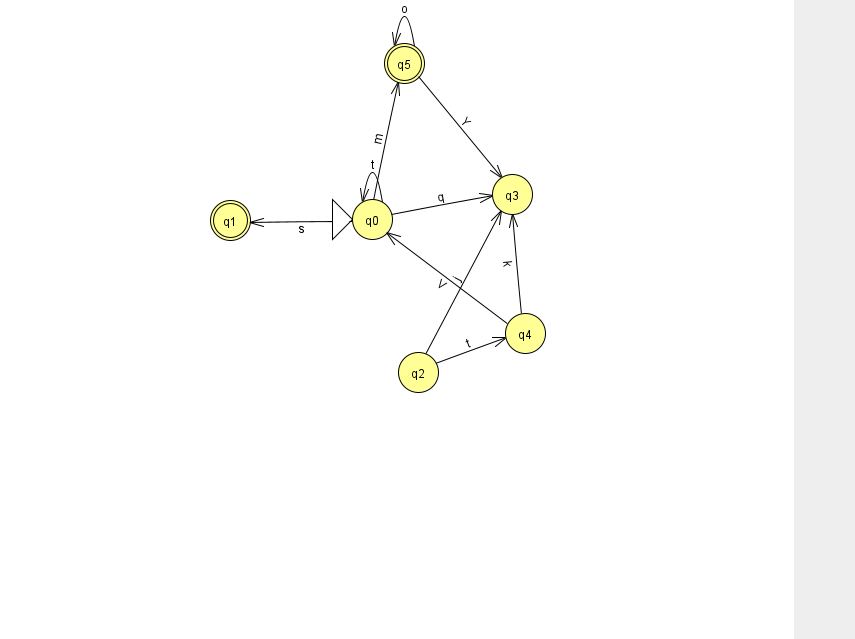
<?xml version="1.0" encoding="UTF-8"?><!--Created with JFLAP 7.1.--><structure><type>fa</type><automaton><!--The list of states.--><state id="0" name="q0"><x>372.0</x><y>206.0</y><initial/></state><state id="1" name="q1"><x>230.0</x><y>207.0</y><final/></state><state id="2" name="q2"><x>418.0</x><y>359.0</y></state><state id="3" name="q3"><x>512.0</x><y>181.0</y></state><state id="4" name="q4"><x>525.0</x><y>320.0</y></state><state id="5" name="q5"><x>404.0</x><y>50.0</y><final/></state><!--The list of transitions.--><transition><from>5</from><to>3</to><read>Y</read></transition><transition><from>0</from><to>1</to><read>s</read></transition><transition><from>0</from><to>5</to><read>m</read></transition><transition><from>4</from><to>3</to><read>k</read></transition><transition><from>0</from><to>0</to><read>t</read></transition><transition><from>0</from><to>3</to><read>q</read></transition><transition><from>4</from><to>0</to><read>V</read></transition><transition><from>2</from><to>4</to><read>t</read></transition><transition><from>2</from><to>3</to><read>j</read></transition><transition><from>5</from><to>5</to><read>o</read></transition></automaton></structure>